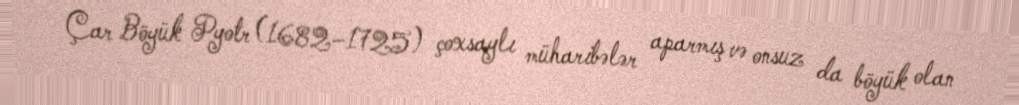
Çar Böyük Pyotr (1682–1725) çoxsaylı müharibələr aparmış və onsuz da böyük olan